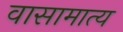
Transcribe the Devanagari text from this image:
वासामात्य